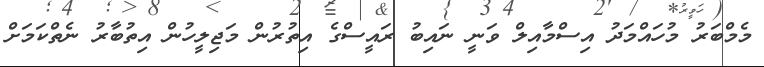
މެމްބަރު މުހައްމަދު އިސްމާއިލް ވަނީ ނައިބު ރައީސްގެ އިތުރުން މަޖިލީހުން އިތުބާރު ނެތްކަމަށް